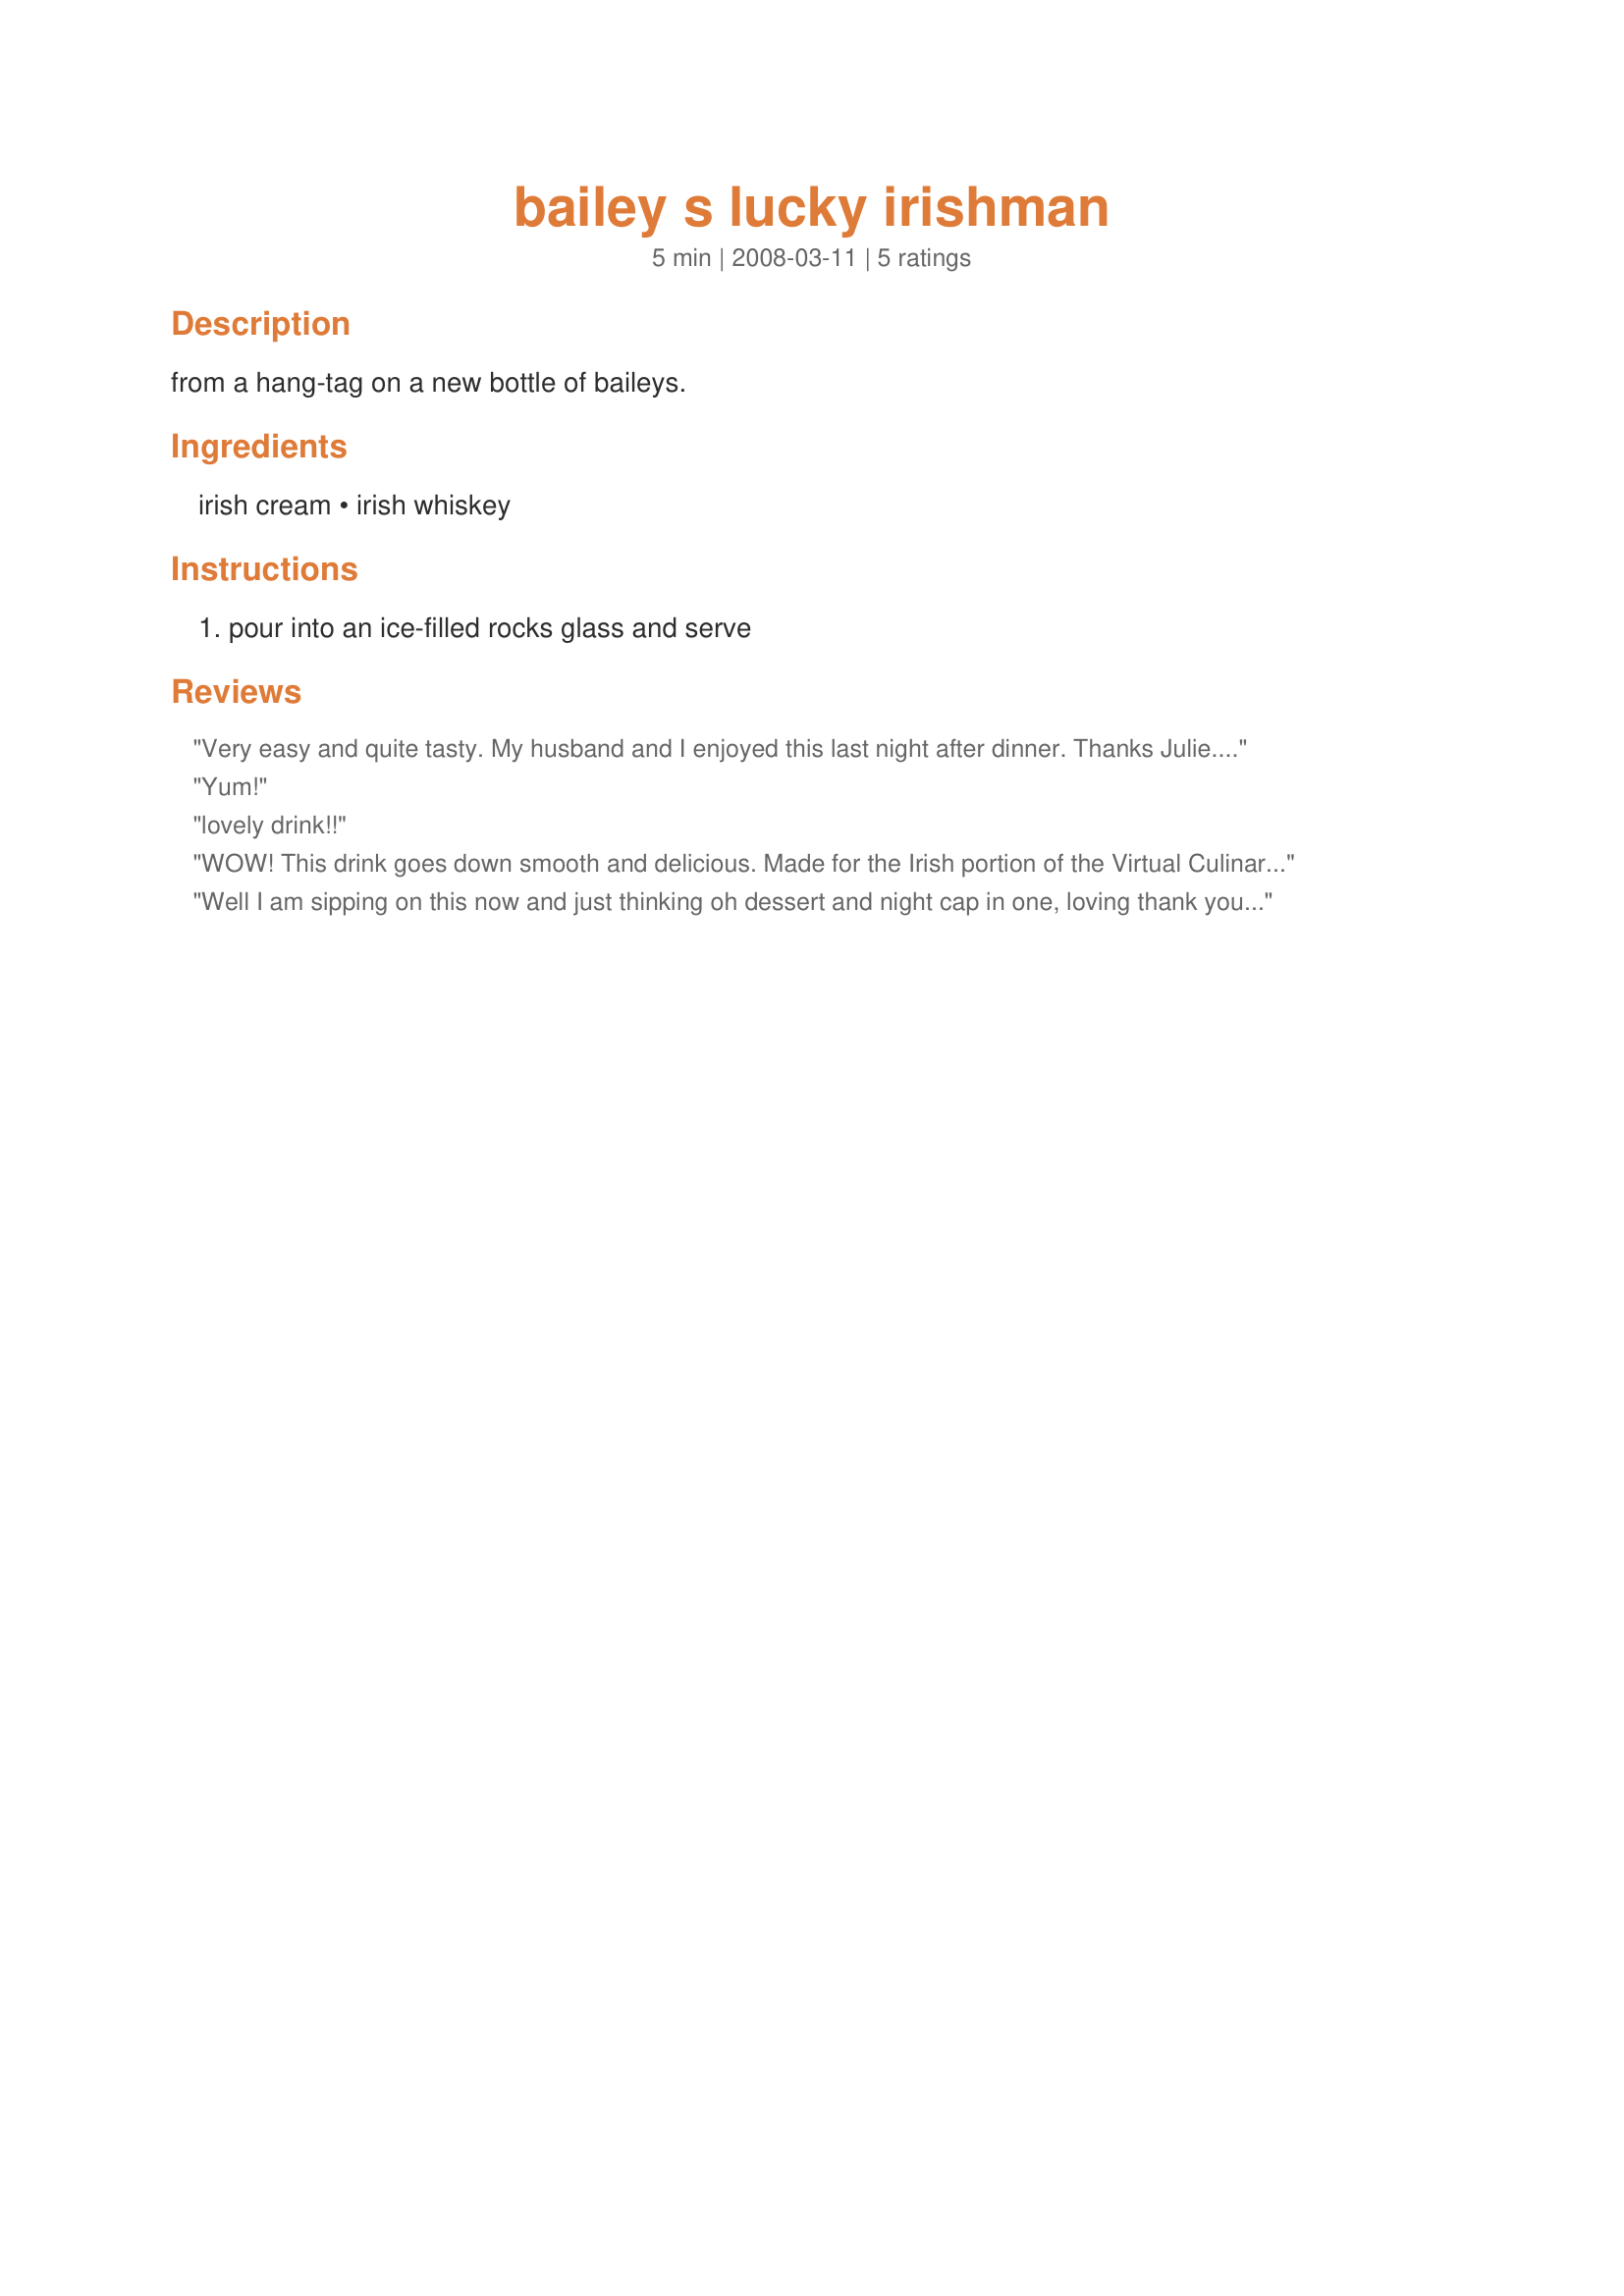
bailey s lucky irishman
Preparation time: 5 minutes

from a hang-tag on a new bottle of baileys.

Ingredients:
irish cream, irish whiskey

Steps:
pour into an ice-filled rocks glass and serve

Reviews:
Very easy and quite tasty. My husband and I enjoyed this last night after dinner. Thanks Julie. Made for bevy tag.
Yum!
lovely drink!!
WOW! This drink goes down smooth and delicious. Made for the Irish portion of the Virtual Culinary Cruise-Great Britain. Thanks Julie!
Well I am sipping on this now and just thinking oh dessert and night cap in one, loving thank you Julie B's Hive, made for Recipe Swap #44 September 2010.
